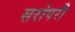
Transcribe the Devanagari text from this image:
सरोपरी